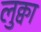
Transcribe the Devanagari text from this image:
लुक्वा